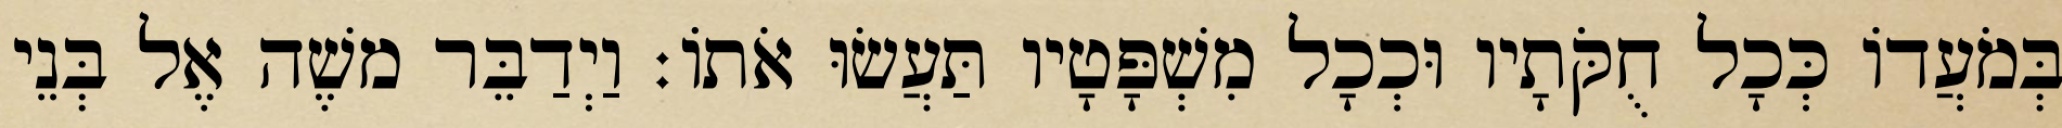
בְּמֹעֲדוֹ כְּכָל חֻקֹּתָיו וּכְכָל מִשְׁפָּטָיו תַּעֲשׂוּ אֹתוֹ׃ וַיְדַבֵּר משֶׁה אֶל בְּנֵי